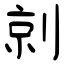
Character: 剠